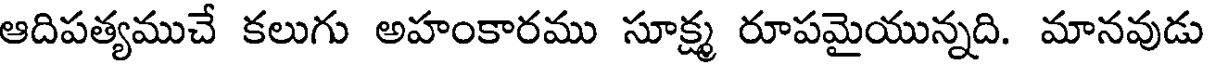
ఆదిపత్యముచే కలుగు అహంకారము సూక్ష్మ రూపమైయున్నది. మానవుడు